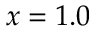
x = 1 . 0